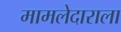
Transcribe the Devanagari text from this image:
मामलेदाराला